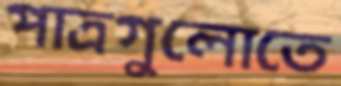
পাত্রগুলোতে